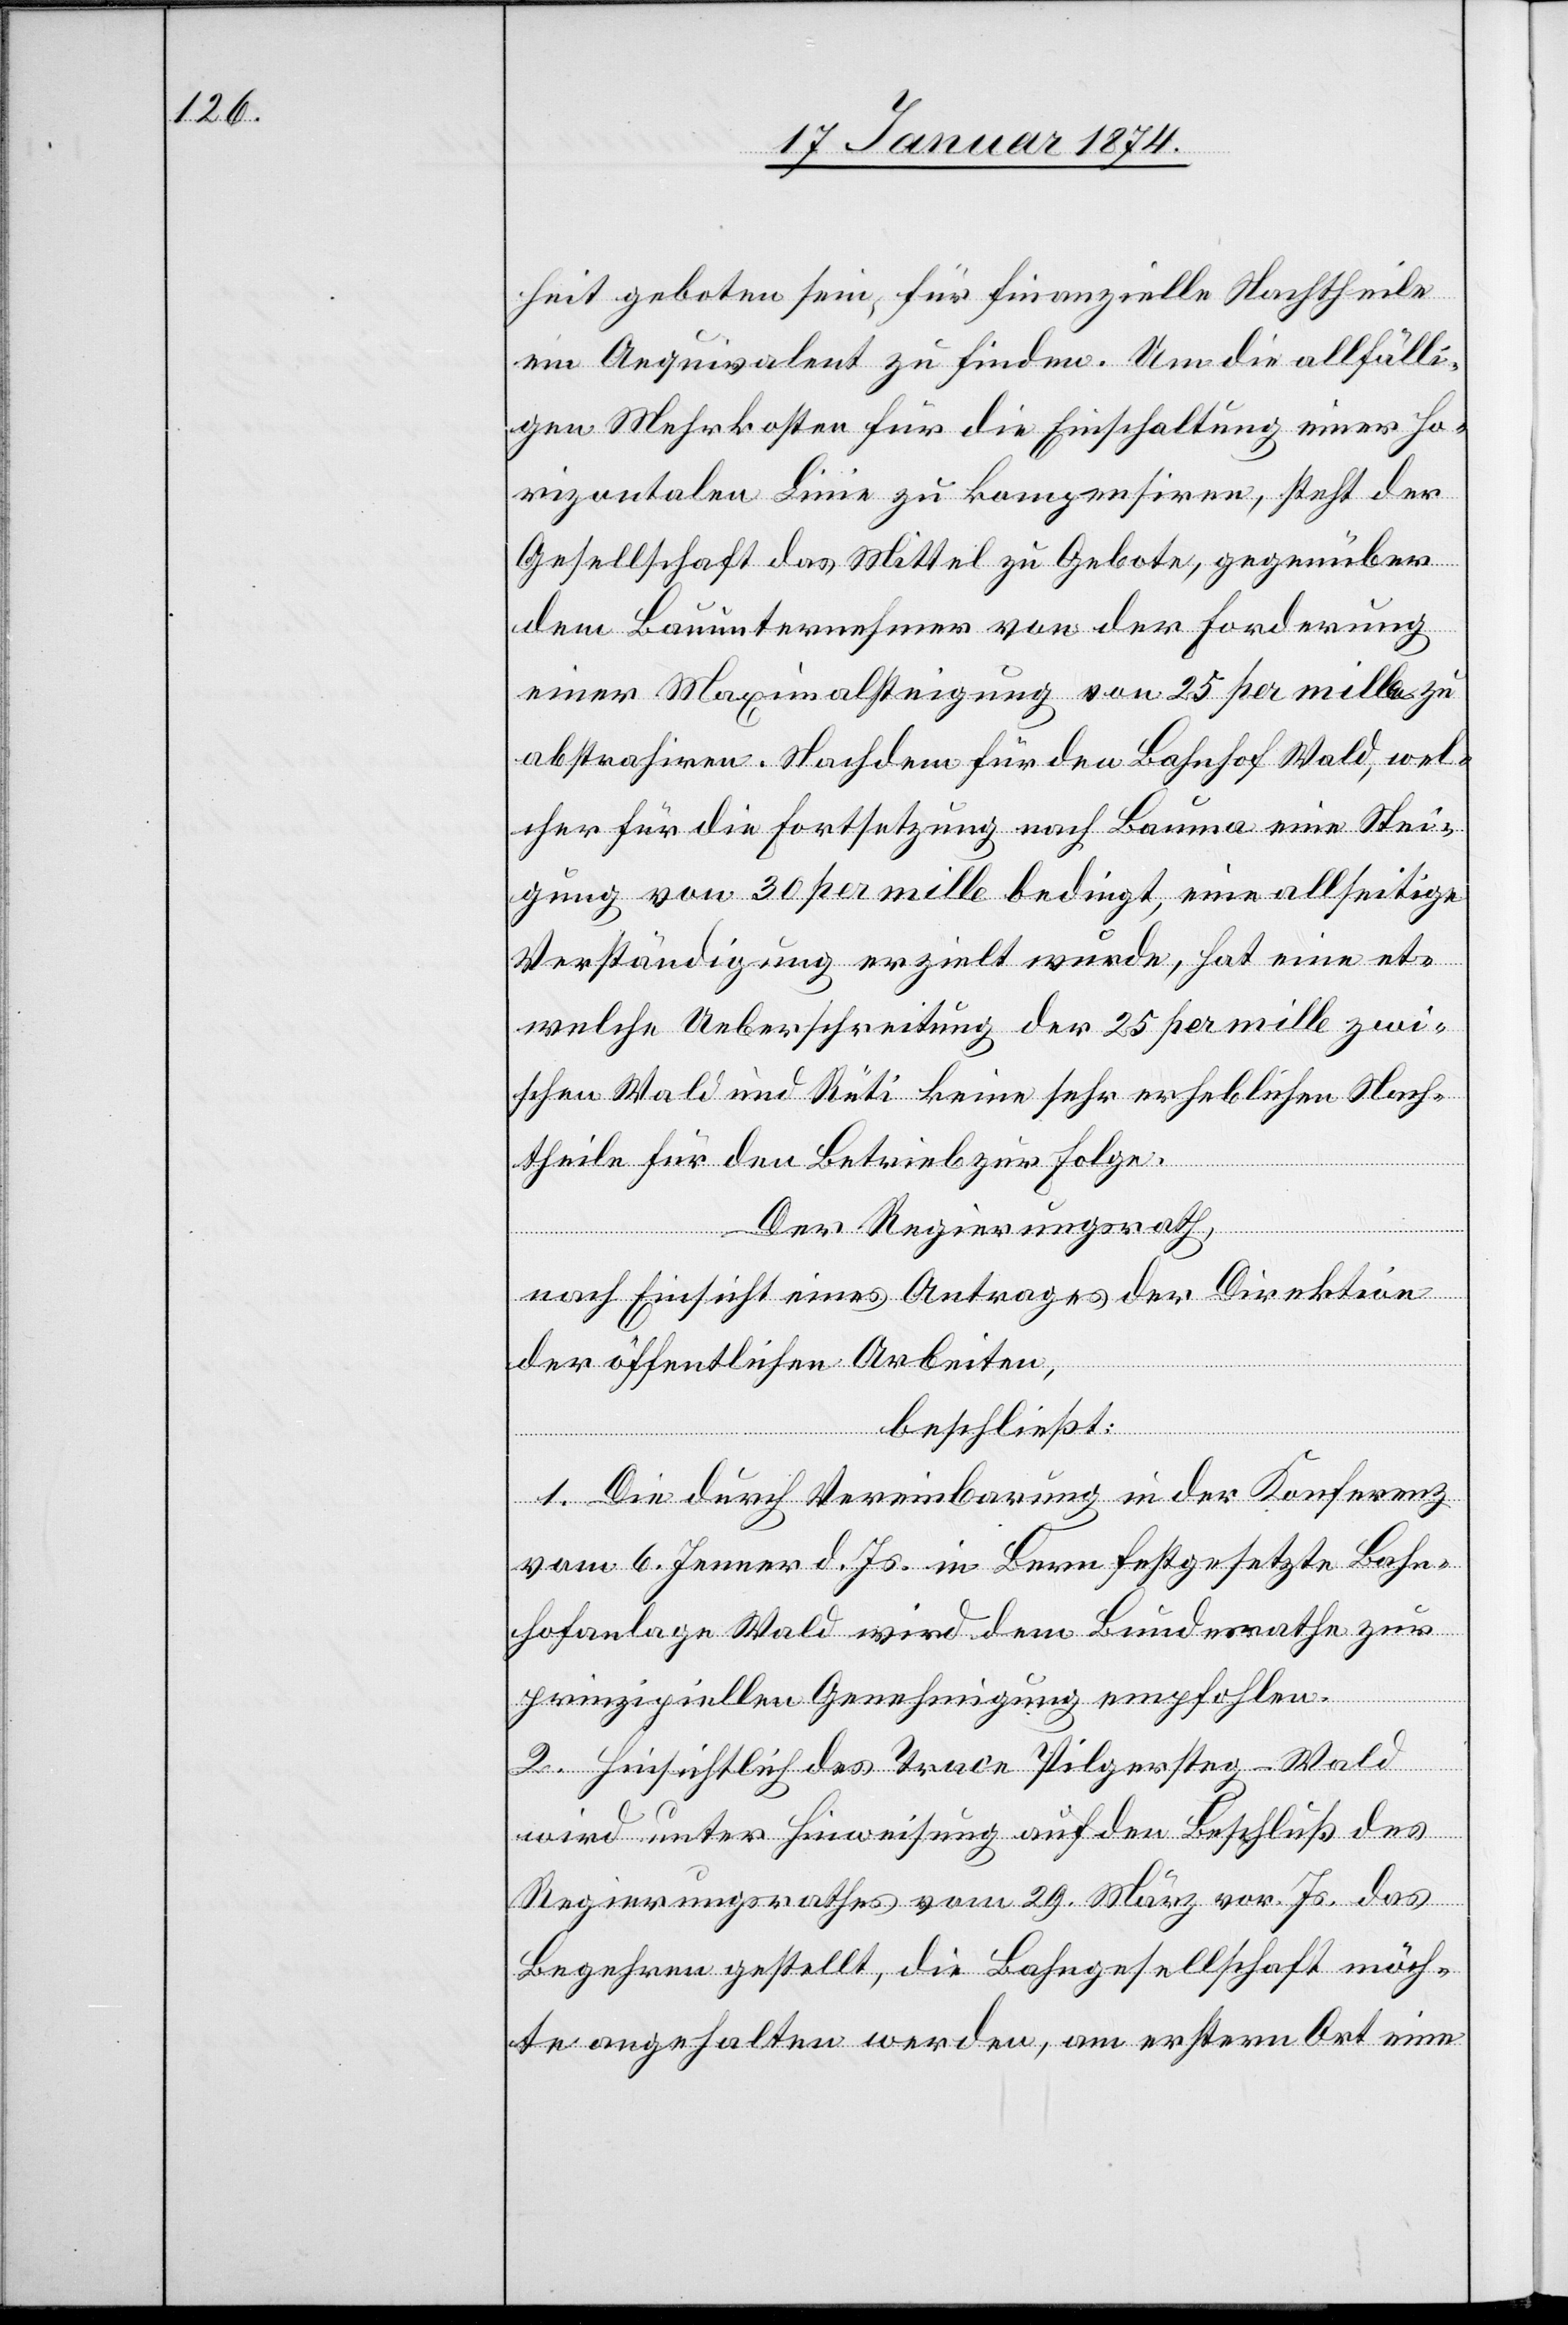
heit geboten sein, für finanzielle Nachtheile
ein Aequivalent zu finden. Um die allfälli¬
gen Mehrkosten für die Einschaltung einer ho¬
rizontalen Linie zu kompensiren, steht der
Gesellschaft das Mittel zu Gebote, gegenüber
dem Bauunternehmer von der Forderung
einer Maximalsteigung von 25 per mille zu
abstrahiren. Nachdem für den Bahnhof Wald, wel¬
cher für die Fortsetzung nach Bauma eine Stei¬
gung von 30 per mille bedingt, eine allseitige
Verständigung erzielt wurde, hat eine et¬
welche Ueberschreitung der 25 per mille zwi¬
schen Wald und Rüti keine sehr erheblichen Nach¬
theile für den Betrieb zur Folge.
Der Regierungsrath,
nach Einsicht eines Antrages der Direktion
der öffentlichen Arbeiten,
beschließt:
1. Die durch Vereinbarung in der Konferenz
vom 6. Jenner d. Js. in Bern festgesetzte Bahn¬
hofanlage Wald wird dem Bundesrathe zur
prinzipiellen Genehmigung empfohlen.
2. Hinsichtlich des Trace Pilgersteg–Wald
wird unter Hinweisung auf den Beschluß des
Regierungsrathes vom 29. März vor. Js. das
Begehren gestellt, die Bahngesellschaft möch¬
te angehalten werden, am ersten Ort eine